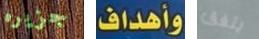
جزيره وأهداف يتفق